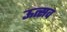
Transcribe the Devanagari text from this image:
ऊत्सव